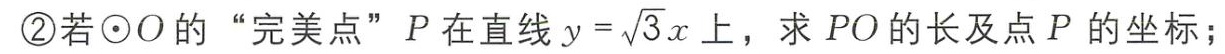
\textcircled{2}若\(\odot O\)的“完美点”\(P\)在直线\(y = \sqrt{3}x\)上，求\(PO\)的长及点\(P\)的坐标；